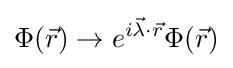
\Phi ({\vec {r}})\to e^{i{\vec {\lambda }}\cdot {\vec {r}}}\Phi ({\vec {r}})